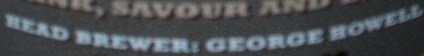
BEAD BREWER:GEORGE HOWELL